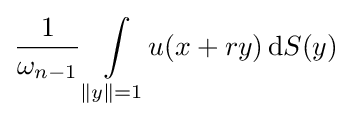
{\frac {1}{\omega _{n-1}}}\int \limits _{\|y\|=1}\!u(x+ry)\,\mathrm {d} S(y)